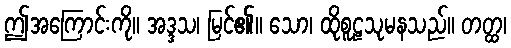
ဤအကြောင်းကို။ အဒ္ဒသ၊ မြင်၏။ သော၊ ထိုစူဠသုမနသည်။ တတ္ထ၊